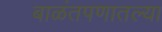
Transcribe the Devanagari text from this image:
बाळंतपणातल्या